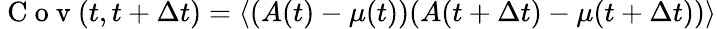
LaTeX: \mathrm{~C~o~v~}(t,t+\Delta t)=\langle{(A(t)-\mu(t))(A(t+\Delta t)-\mu(t+\Delta t))}\rangle{}